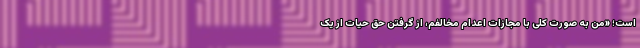
است؛ «من به صورت کلی با مجازات اعدام مخالفم، از گرفتن حق حیات از یک